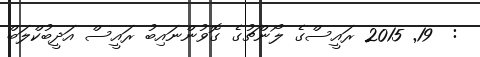
:  19